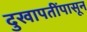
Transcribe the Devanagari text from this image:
दुखापतींपासून